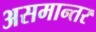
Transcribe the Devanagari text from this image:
असमान्तर